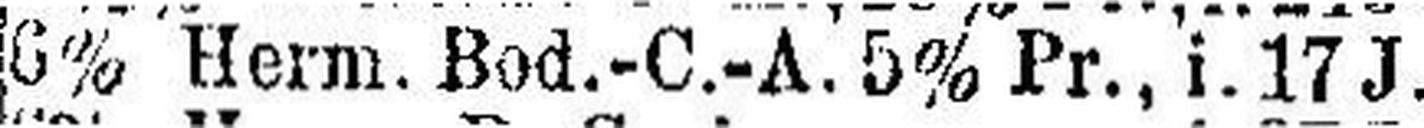
6% Herm. Bod.-C.-A. 5% Pr., i. 17 J. v.